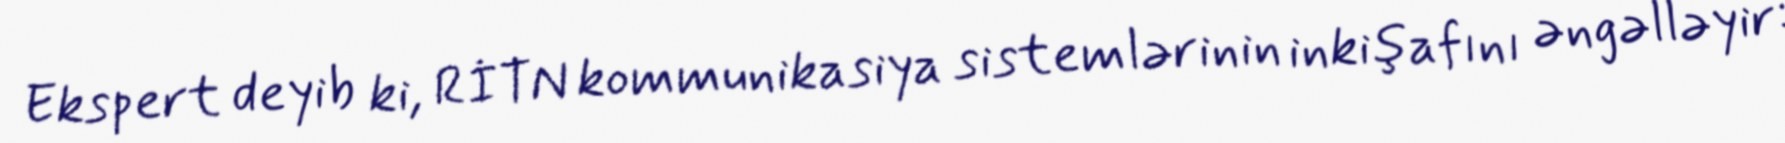
Ekspert deyib ki, RİTN kommunikasiya sistemlərinin inkişafını əngəlləyir: